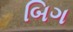
બિગ